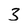
Character: 3